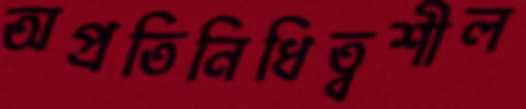
অপ্রতিনিধিত্বশীল